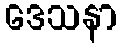
ဒေသနာ